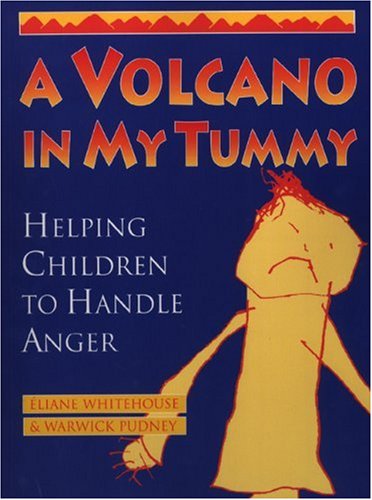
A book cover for A Volcano in My Tummy: Helping Children to Handle Anger; Eliane Whitehouse; Education & Teaching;